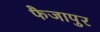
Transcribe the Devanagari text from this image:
फैजापुर